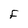
Character: F